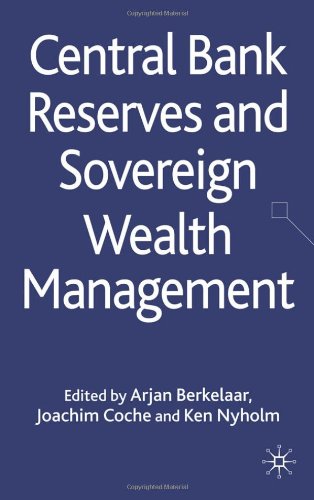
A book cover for Central Bank Reserves and Sovereign Wealth Management; Business & Money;